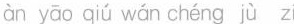
àn yāo qiú wán chéng jù zi